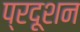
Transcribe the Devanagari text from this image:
प्रदूशन